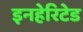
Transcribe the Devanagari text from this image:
इनहेरिटेड